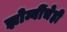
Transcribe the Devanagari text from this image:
झोम्बींचेही